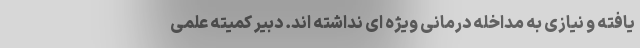
یافته و نیازی به مداخله درمانی ویژه ای نداشته اند. دبیر کمیته علمی